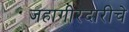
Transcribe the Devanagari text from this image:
जहागीरदारीचे